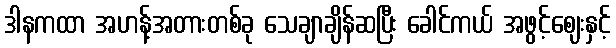
ဒါနကထာ အဟန့်အတားတစ်ခု သေချာချိန်ဆပြီး ခေါင်ကယ် အဖွင့်ဈေးနှင့်